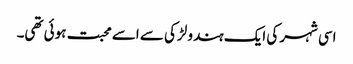
اسی شہر کی ایک ہندو لڑکی سے اسے محبت ہوئی تھی۔